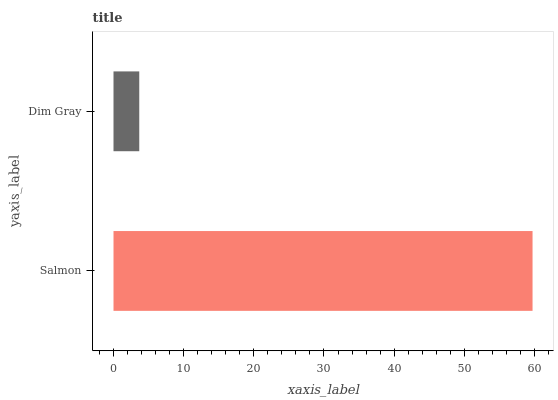
| yaxis_label | bars |
 | --- | --- |
 | Salmon | 59.7 |
 | Dim Gray | 3.67 |